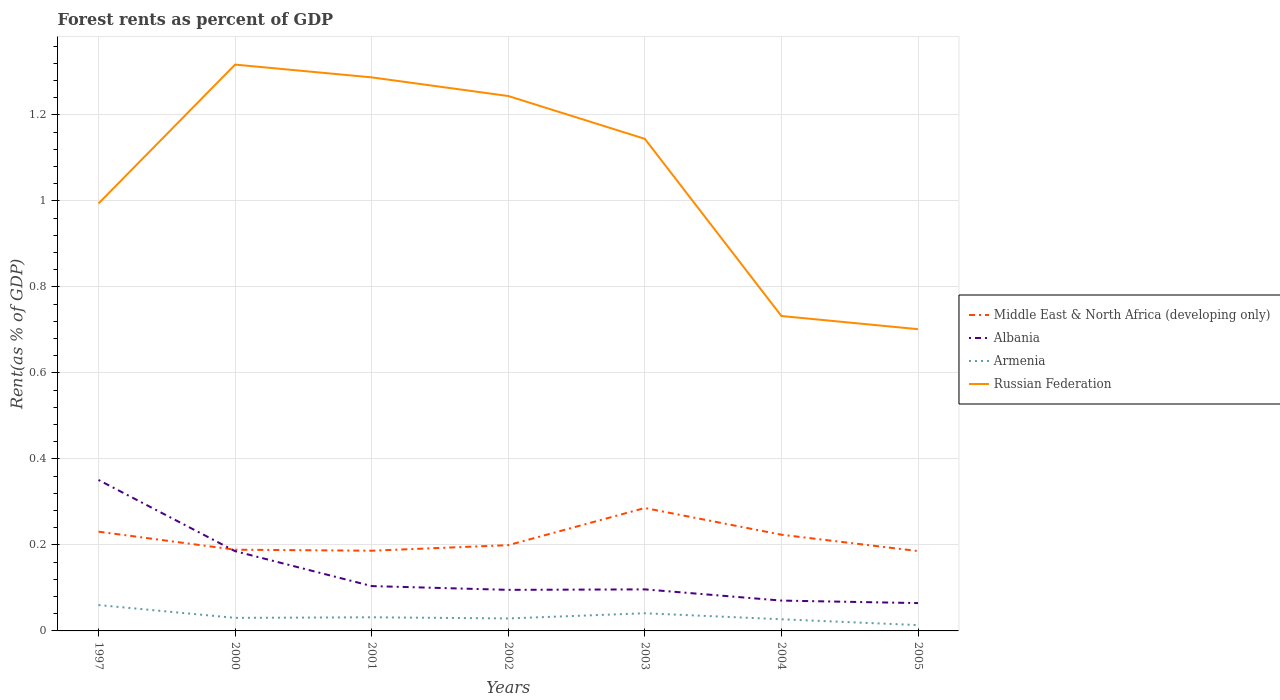
| Years | Middle East & North Africa (developing only) | Albania | Armenia | Russian Federation |
 | --- | --- | --- | --- | --- |
 | 1997 | 0.231 | 0.351 | 0.0602 | 0.994 |
 | 2000 | 0.189 | 0.185 | 0.0303 | 1.32 |
 | 2001 | 0.187 | 0.104 | 0.0317 | 1.29 |
 | 2002 | 0.199 | 0.0955 | 0.029 | 1.24 |
 | 2003 | 0.286 | 0.0966 | 0.0411 | 1.14 |
 | 2004 | 0.224 | 0.0706 | 0.0271 | 0.732 |
 | 2005 | 0.186 | 0.0647 | 0.0136 | 0.702 |